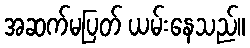
အဆက်မပြတ် ယမ်းနေသည်။